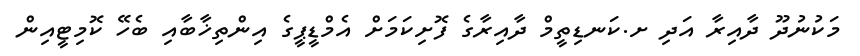
މަކުނުދޫ ދާއިރާ އަދި ށ.ކަނޑިތީމް ދާއިރާގެ ފޮށިކަމަށް އެމްޑީޕީގެ އިންތިޚާބާއި ބެހޭ ކޮމިޓީއިން